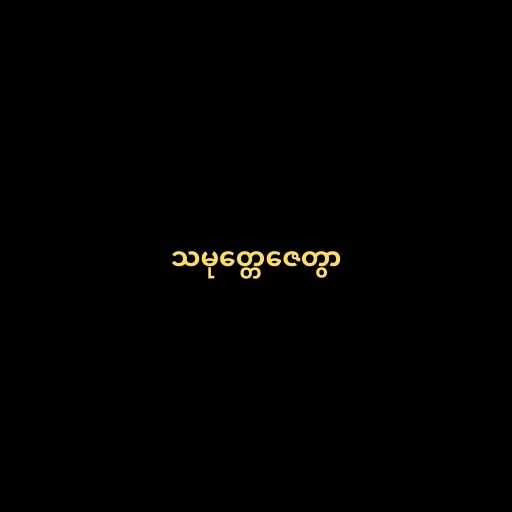
သမုတ္တေဇေတွာ